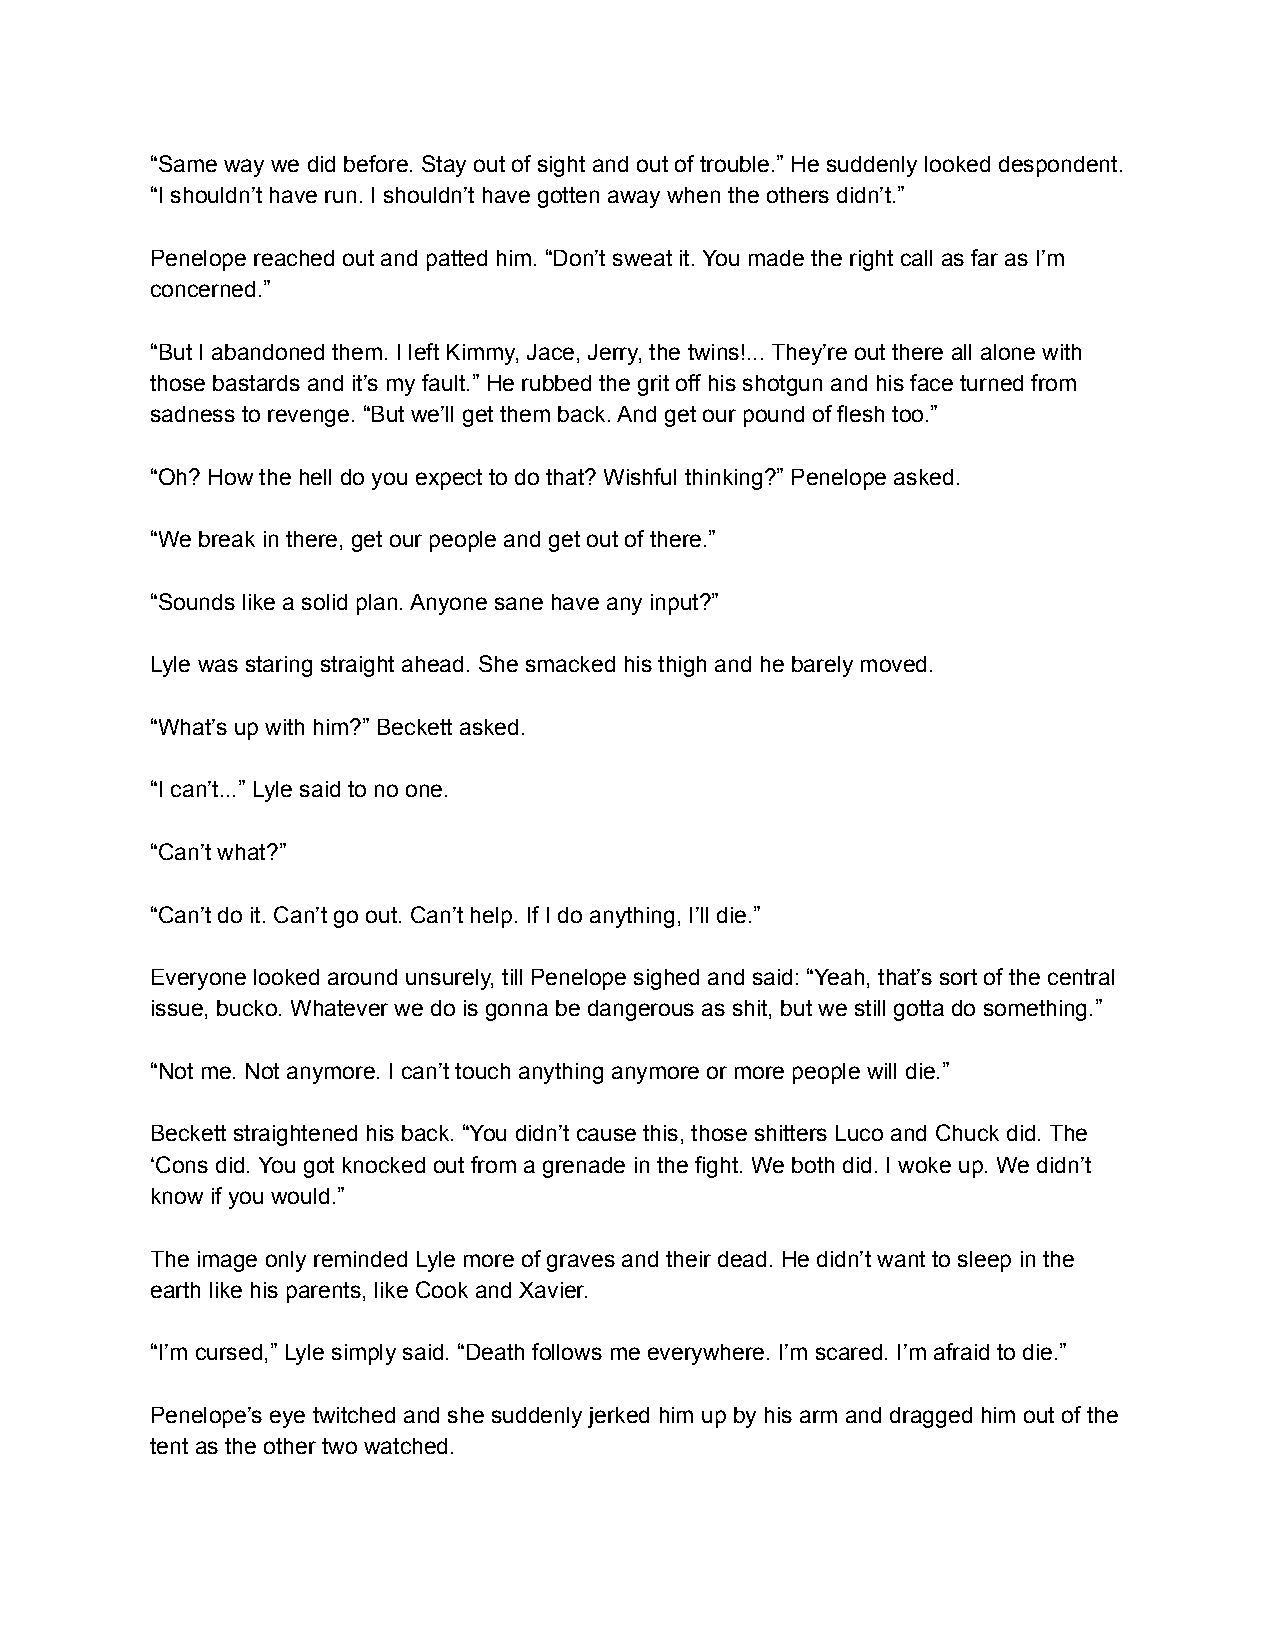
“Same way we did before. Stay out of sight and out of trouble.” He suddenly looked despondent.
 “I shouldn’t have run. I shouldn’t have gotten away when the others didn’t.”
 Penelope reached out and patted him. “Don’t sweat it. You made the right call as far as I’m
 concerned.”
 “But I abandoned them. I left Kimmy, Jace, Jerry, the twins!... They’re out there all alone with
 those bastards and it’s my fault.” He rubbed the grit off his shotgun and his face turned from
 sadness to revenge. “But we’ll get them back. And get our pound of flesh too.”
 “Oh? How the hell do you expect to do that? Wishful thinking?” Penelope asked.
 “We break in there, get our people and get out of there.”
 “Sounds like a solid plan. Anyone sane have any input?”
 Lyle was staring straight ahead. She smacked his thigh and he barely moved.
 “What’s up with him?” Beckett asked.
 “I can’t...” Lyle said to no one.
 “Can’t what?”
 “Can’t do it. Can’t go out. Can’t help. If I do anything, I’ll die.”
 Everyone looked around unsurely, till Penelope sighed and said: “Yeah, that’s sort of the central
 issue, bucko. Whatever we do is gonna be dangerous as shit, but we still gotta do something.”
 “Not me. Not anymore. I can’t touch anything anymore or more people will die.”
 Beckett straightened his back. “You didn’t cause this, those shitters Luco and Chuck did. The
 ‘Cons did. You got knocked out from a grenade in the fight. We both did. I woke up. We didn’t
 know if you would.”
 The image only reminded Lyle more of graves and their dead. He didn’t want to sleep in the
 earth like his parents, like Cook and Xavier.
 “I’m cursed,” Lyle simply said. “Death follows me everywhere. I’m scared. I’m afraid to die.”
 Penelope’s eye twitched and she suddenly jerked him up by his arm and dragged him out of the
 tent as the other two watched.